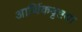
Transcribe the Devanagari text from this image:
आर्थिकदृष्टया